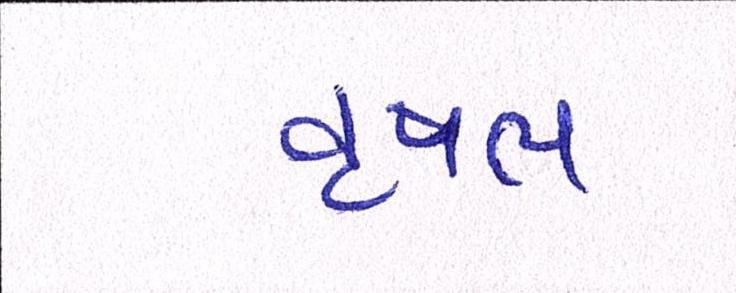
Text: વૃષભ